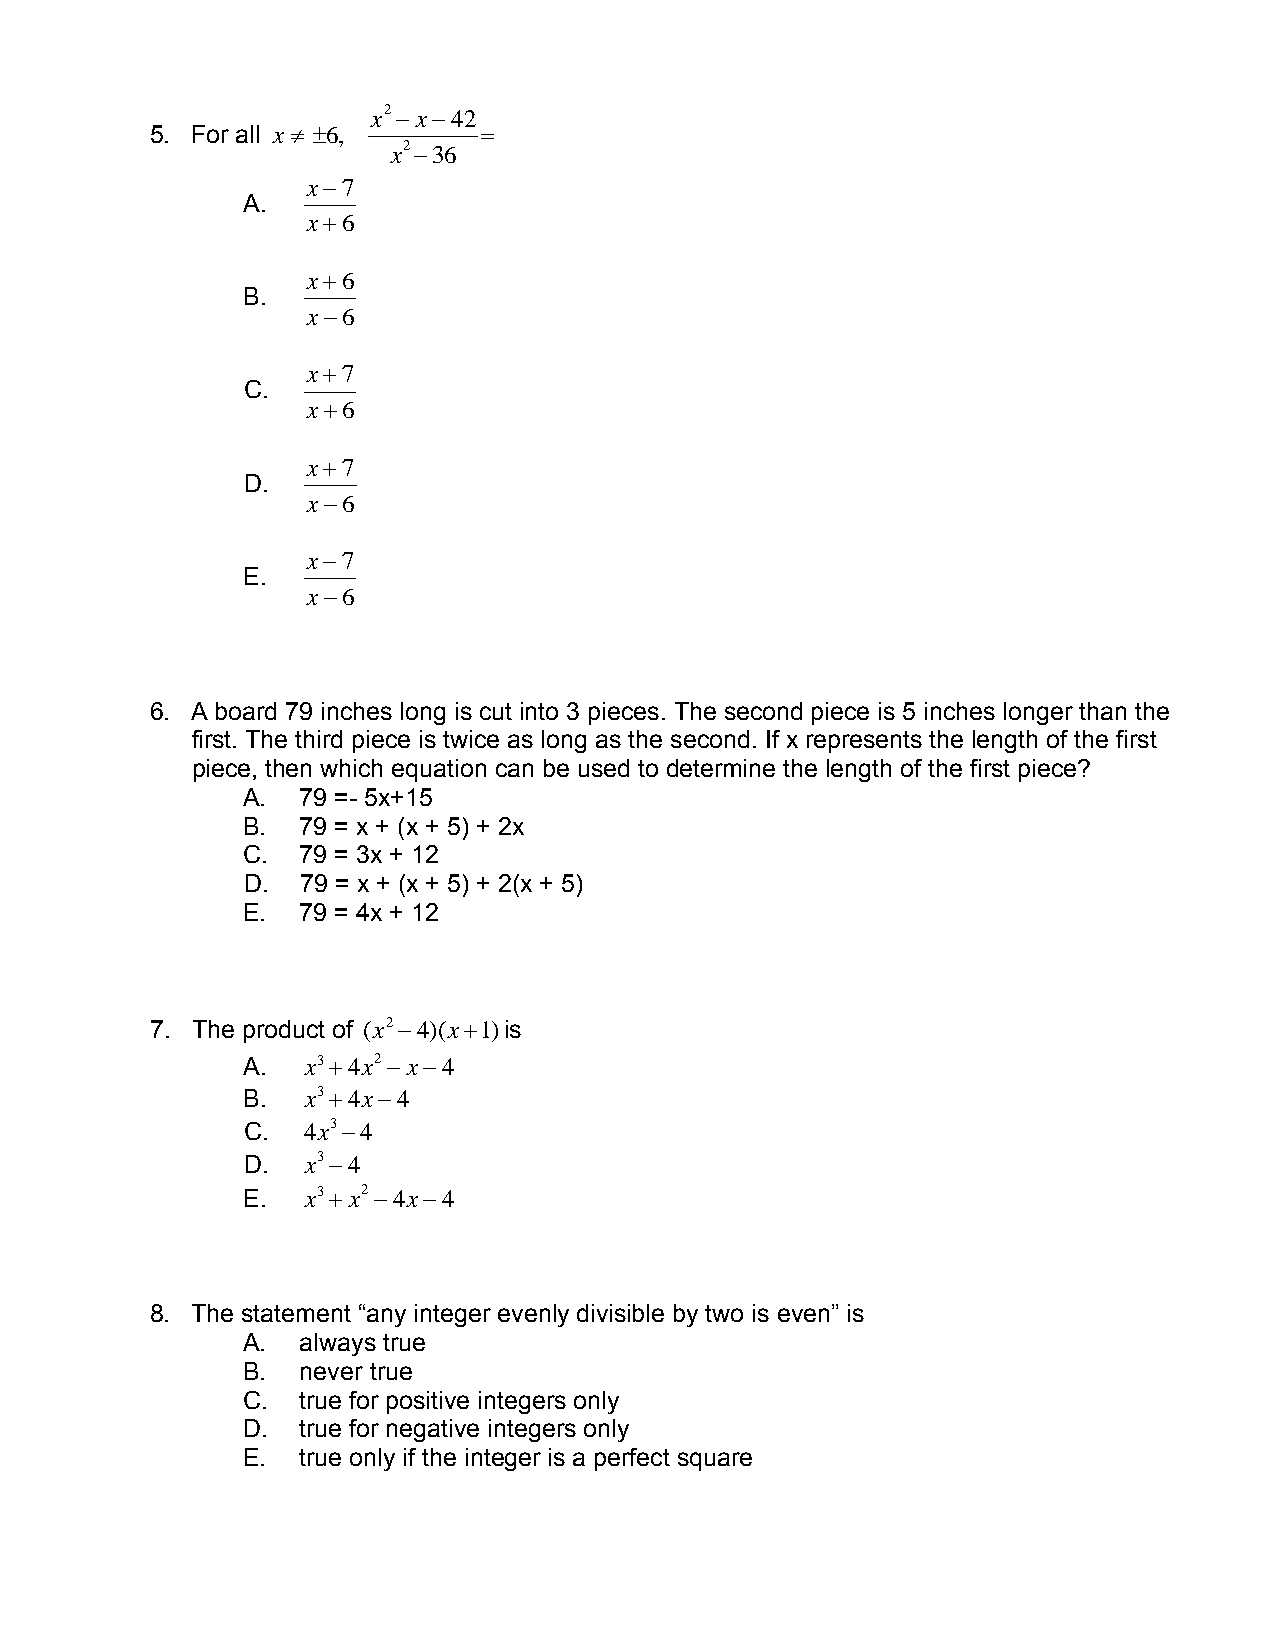
x2−x−42
 5. For all x ≠ ±6,    =
 x2−36
 x−7
 A.
 x+6
 x+6
 B.
 x−6
 x+7
 C.
 x+6
 x+7
 D.
 x−6
 x−7
 E.
 x−6
 6. A board 79 inches long is cut into 3 pieces. The second piece is 5 inches longer than the
 first. The third piece is twice as long as the second. If x represents the length of the first
 piece, then which equation can be used to determine the length of the first piece?
 A.  79 =- 5x+15
 B.  79 = x + (x + 5) + 2x
 C.  79 = 3x + 12
 D.  79 = x + (x + 5) + 2(x + 5)
 E.  79 = 4x + 12
 7. The product of (x2−4)(x+1)is
 A.  x3+4x2−x−4
 B.  x3+4x−4
 C.  4x3−4
 D.  x3−4
 E.  x3+ x2−4x−4
 8. The statement “any integer evenly divisible by two is even” is
 A.  always true
 B.  never true
 C.  true for positive integers only
 D.  true for negative integers only
 E.  true only if the integer is a perfect square